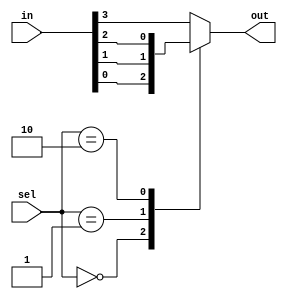
module multiplexer(
    input [3:0] in,
    input [1:0] sel,
    output reg out
);

always @(*)
begin
    case(sel)
        2'b00: out = in[0];
        2'b01: out = in[1];
        2'b10: out = in[2];
        default: out = in[3];
    endcase
end

endmodule